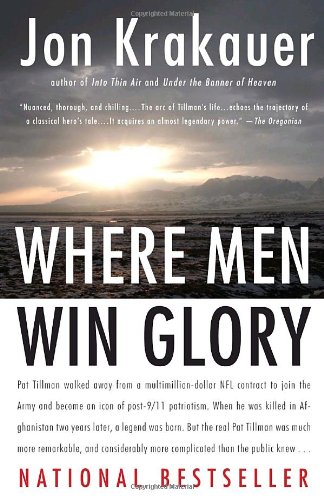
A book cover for Where Men Win Glory: The Odyssey of Pat Tillman; Jon Krakauer; Biographies & Memoirs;